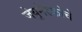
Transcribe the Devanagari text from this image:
जेयुनेस्कोचे